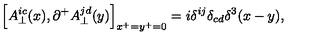
\Bigl [ A _ { \perp } ^ { i c } ( x ) , \partial ^ { + } A _ { \perp } ^ { j d } ( y ) \Bigr ] _ { x ^ { + } = y ^ { + } = 0 } = i \delta ^ { i j } \delta _ { c d } \delta ^ { 3 } ( x - y ) ,